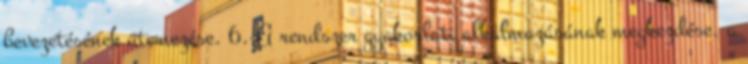
bevezetésének ütemezése. 6. A rendszer gyakorlati alkalmazásának megkezdése, a